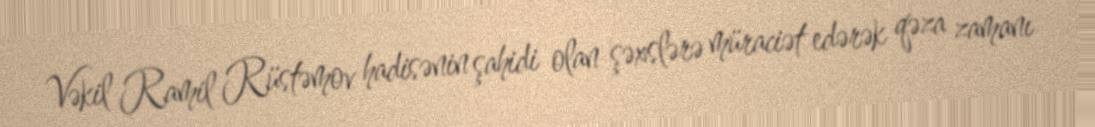
Vəkil Ramil Rüstəmov hadisənin şahidi olan şəxslərə müraciət edərək qəza zamanı